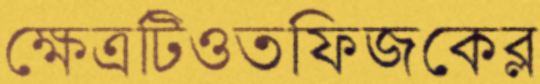
ক্ষেত্রটিওতফিজকেব্ল